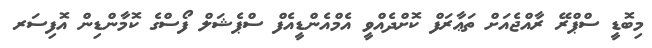
މިބޮޑީ ސްޕްރޭ ރާއްޖެއަށް ތަޢާރަފް ކޮށްދެއްވީ އެމްއެންޑީއެފް ސްޕެޝަލް ފޯސްގެ ކޮމާންޑިން އޮފިސަރ